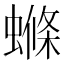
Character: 螩